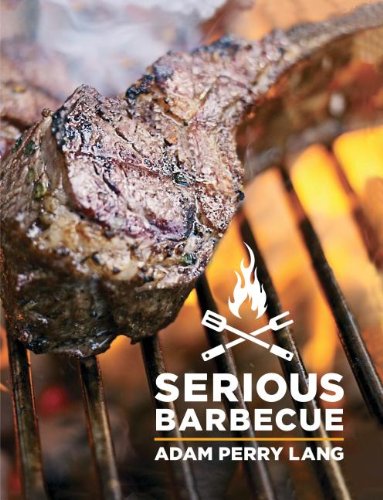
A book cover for Serious Barbecue: Smoke, Char, Baste & Brush Your Way to Great Outdoor Cooking.; Adam Perry Lang; Cookbooks, Food & Wine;